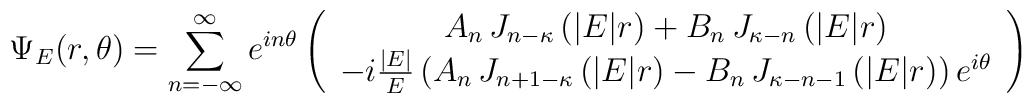
\Psi_E (r,\theta) = \sum_{n=-\infty}^\infty e^{i n\theta} \left(\begin{array}{c}  A_n\,J_{n-\kappa}\left(|E|r\right)+  B_n\,J_{\kappa-n}\left(|E|r\right) \\  -i\frac{|E|}{E}\left(A_n\,J_{n+1-\kappa}\left(|E|r\right)-  B_n\,J_{\kappa-n-1}\left(|E|r\right)\right)  e^{i \theta}\end{array}\right)